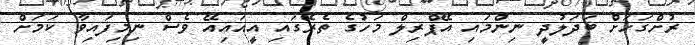
ރުށްގަހަށް ބަދަލުދީ ނިންމައި އޭޕްރިލް މަހުގެ ތެރޭގައި އީއައިއޭ ވެސް ނިމިފައިވާ ކަމަށް